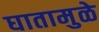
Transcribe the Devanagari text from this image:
घातामुळे